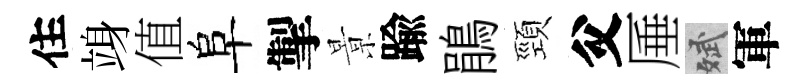
住竧值阜掣㬌踰鵑頸父厜斌軍